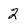
Character: 2